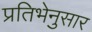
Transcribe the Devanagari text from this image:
प्रतिभेनुसार